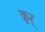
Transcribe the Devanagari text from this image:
क्रूर्